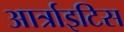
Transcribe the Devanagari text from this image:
आर्त्राइटिस